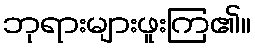
ဘုရားများဖူးကြ၏။